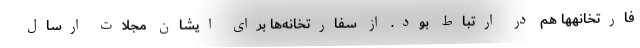
فارتخانهها هم در ارتباط بود. از سفارتخانه‌ها برای ایشان مجلات ارسال